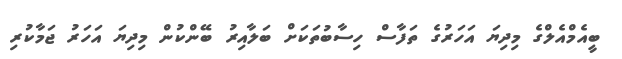
ބީއެމްއެލްގެ މިދިޔަ އަހަރުގެ ތަފާސް ހިސާބުތަކަށް ބަލާއިރު ބޭންކުން މިދިޔަ އަހަރު ޖަމާކުރި